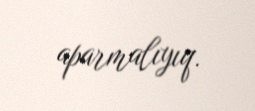
aparmalıyıq.